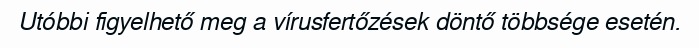
Utóbbi figyelhető meg a vírusfertőzések döntő többsége esetén.